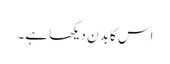
اس کا بدن دیکھا ہے۔